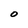
Character: O